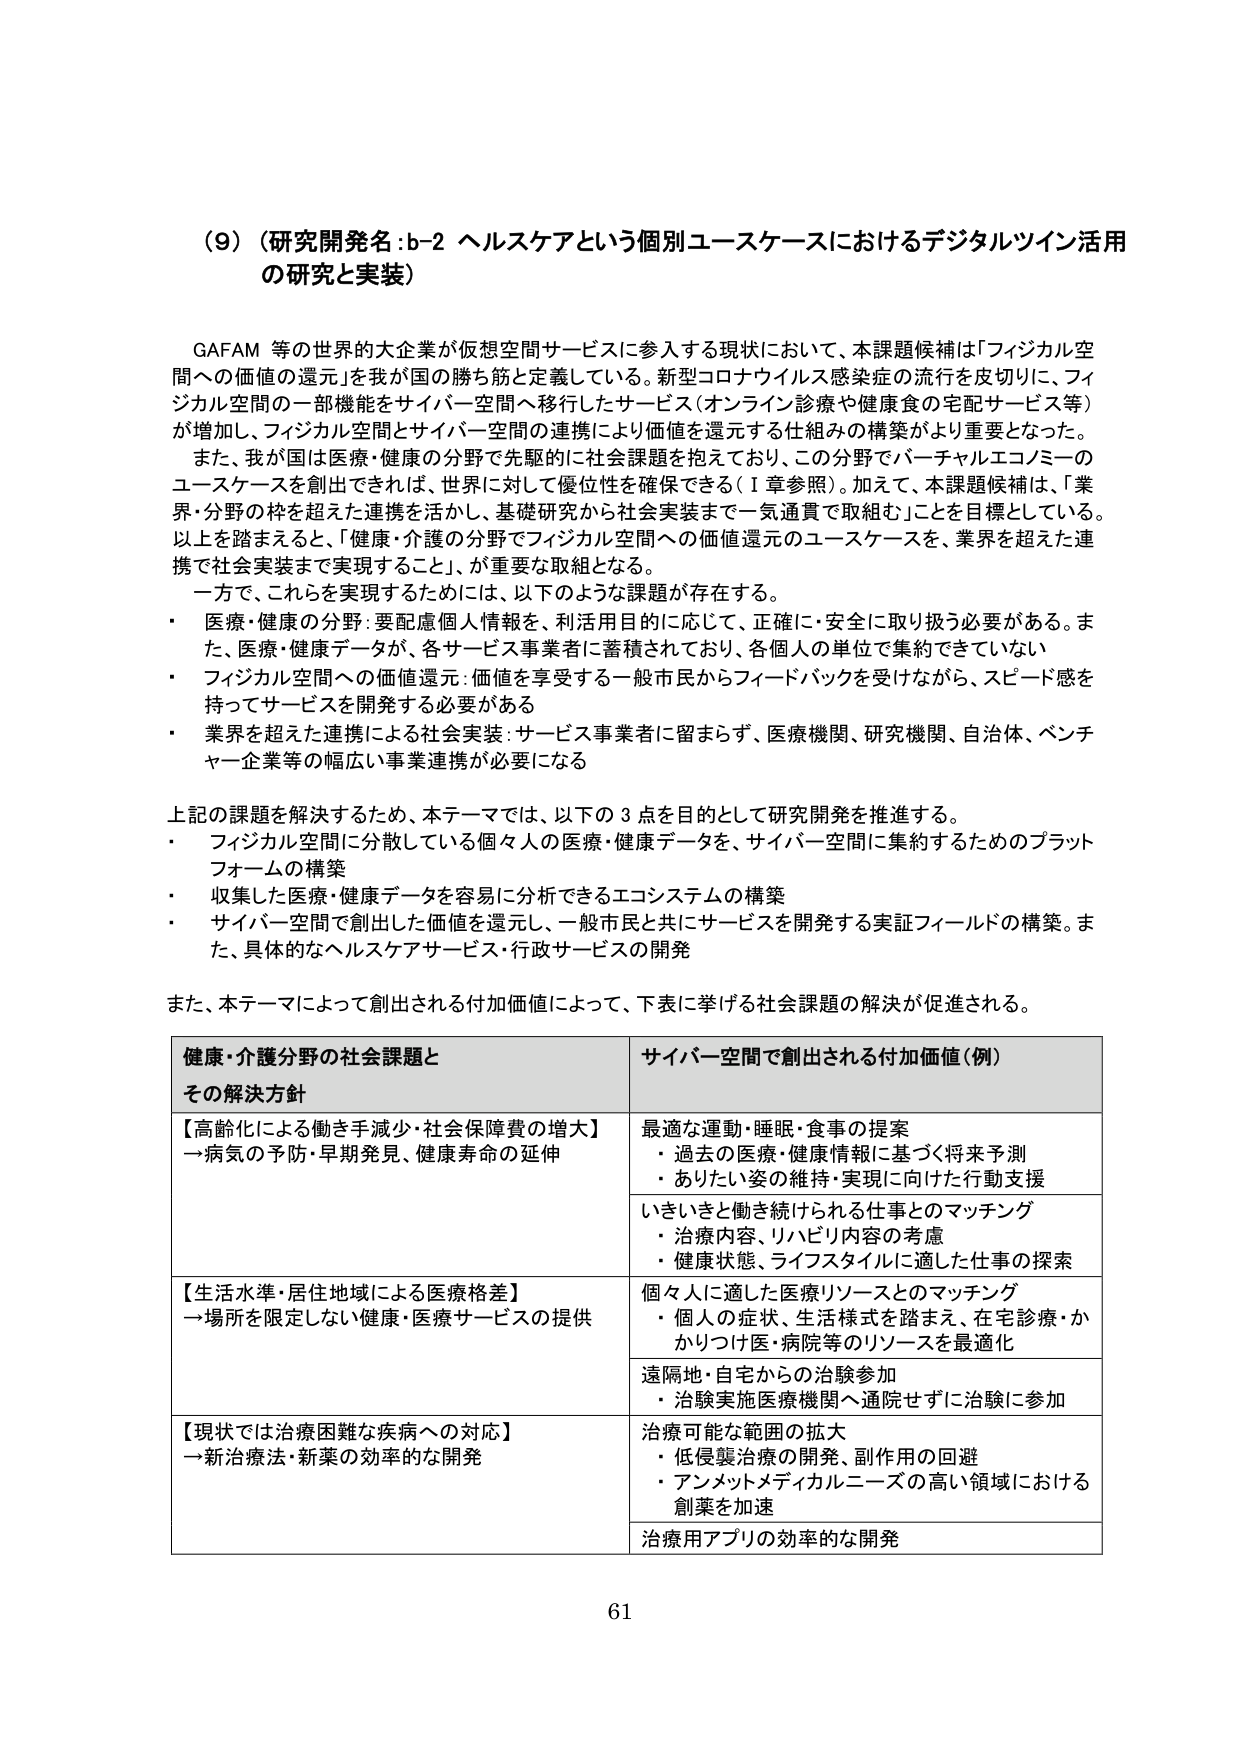
（9）（研究開発名：b-2 ヘルスケアという個別ユースケースにおけるデジタルツイン活用の研究と実装）

GAFAM 等の世界的大企業が仮想空間サービスに参入する現状において、本課題候補は「フィジカル空間への価値の還元」を我が国の勝ち筋と定義している。新型コロナウイルス感染症の流行を皮切りに、フィジカル空間の一部機能をサイバー空間へ移行したサービス（オンライン診療や健康食の宅配サービス等）が増加し、フィジカル空間とサイバー空間の連携により価値を還元する仕組みの構築がより重要となった。また、我が国は医療・健康の分野で先駆的に社会課題を抱えており、この分野でバーチャルエコノミーのユースケースを創出できれば、世界に対して優位性を確保できる（Ⅰ章参照）。加えて、本課題候補は、「業界・分野の枠を超えた連携を活かし、基礎研究から社会実装まで一気通貫で取組む」ことを目標としている。以上を踏まえると、「健康・介護の分野でフィジカル空間への価値還元のユースケースを、業界を超えた連携で社会実装まで実現すること」が重要な取組となる。

一方で、これらを実現するためには、以下のような課題が存在する。
・ 医療・健康の分野：要配慮個人情報を、利活用目的に応じて、正確に・安全に取り扱う必要がある。また、医療・健康データが、各サービス事業者に蓄積されており、各個人の単位で集約できていない
・ フィジカル空間への価値還元：価値を享受する一般市民からフィードバックを受けながら、スピード感を持ってサービスを開発する必要がある
・ 業界を超えた連携による社会実装：サービス事業者に留まらず、医療機関、研究機関、自治体、ベンチャー企業等の幅広い事業連携が必要になる

上記の課題を解決するため、本テーマでは、以下の3点を目的として研究開発を推進する。
・ フィジカル空間に分散している個々人の医療・健康データを、サイバー空間に集約するためのプラットフォームの構築
・ 収集した医療・健康データを容易に分析できるエコシステムの構築
・ サイバー空間で創出した価値を還元し、一般市民と共にサービスを開発する実証フィールドの構築。また、具体的なヘルスケアサービス・行政サービスの開発

また、本テーマによって創出される付加価値によって、下表に挙げる社会課題の解決が促進される。

健康・介護分野の社会課題とその解決方針　　　　　　　　　　　　　　サイバー空間で創出される付加価値（例）
【高齢化による働き手減少・社会保障費の増大】　　　　　　　　　　最適な運動・睡眠・食事の提案
→病気の予防・早期発見、健康寿命の延伸　　　　　　　　　　　　・ 過去の医療・健康情報に基づく将来予測
　　　　　　　　　　　　　　　　　　　　　　　　　　　　　　　　・ ありたい姿の維持・実現に向けた行動支援
　　　　　　　　　　　　　　　　　　　　　　　　　　　　　　　　いきいきと働き続けられる仕事とのマッチング
　　　　　　　　　　　　　　　　　　　　　　　　　　　　　　　　・ 治療内容、リハビリ内容の考慮
　　　　　　　　　　　　　　　　　　　　　　　　　　　　　　　　・ 健康状態、ライフスタイルに適した仕事の探索
【生活水準・居住地域による医療格差】　　　　　　　　　　　　　　個々人に適した医療リソースとのマッチング
→場所を限定しない健康・医療サービスの提供　　　　　　　　　　・ 個人の症状、生活様式を踏まえ、在宅診療・かかりつけ医・病院等のリソースを最適化
　　　　　　　　　　　　　　　　　　　　　　　　　　　　　　　　遠隔地・自宅からの治験参加
　　　　　　　　　　　　　　　　　　　　　　　　　　　　　　　　・ 治験実施医療機関へ通院せずに治験に参加
【現状では治療困難な疾病への対応】　　　　　　　　　　　　　　治療可能な範囲の拡大
→新治療法・新薬の効率的な開発　　　　　　　　　　　　　　　　・ 低侵襲治療の開発、副作用の回避
　　　　　　　　　　　　　　　　　　　　　　　　　　　　　　　　・ アンメットメディカルニーズの高い領域における創薬を加速
　　　　　　　　　　　　　　　　　　　　　　　　　　　　　　　　治療用アプリの効率的な開発

61